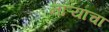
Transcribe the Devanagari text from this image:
नाऱ्याचा